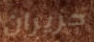
حزيران